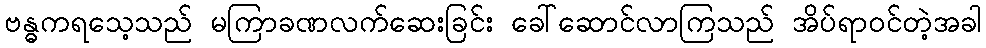
ဗန္ဓကရသေ့သည် မကြာခဏလက်ဆေးခြင်း ခေါ်ဆောင်လာကြသည် အိပ်ရာဝင်တဲ့အခါ